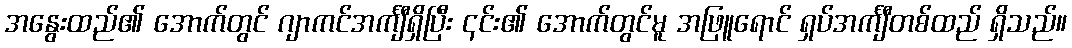
အနွေးထည်၏ အောက်တွင် ဂျာကင်အင်္ကျီရှိပြီး ၎င်း၏ အောက်တွင်မူ အဖြူရောင် ရှပ်အင်္ကျီတစ်ထည် ရှိသည်။